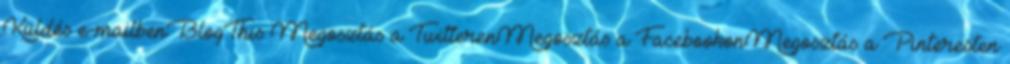
Küldés e-mailbenBlogThis Megosztás a TwitterenMegosztás a FacebookonMegosztás a Pinteresten